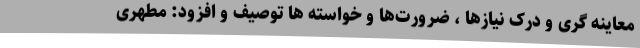
معاینه گری و درک نیازها ، ضرورت‌ها و خواسته ها توصیف و افزود: مطهری